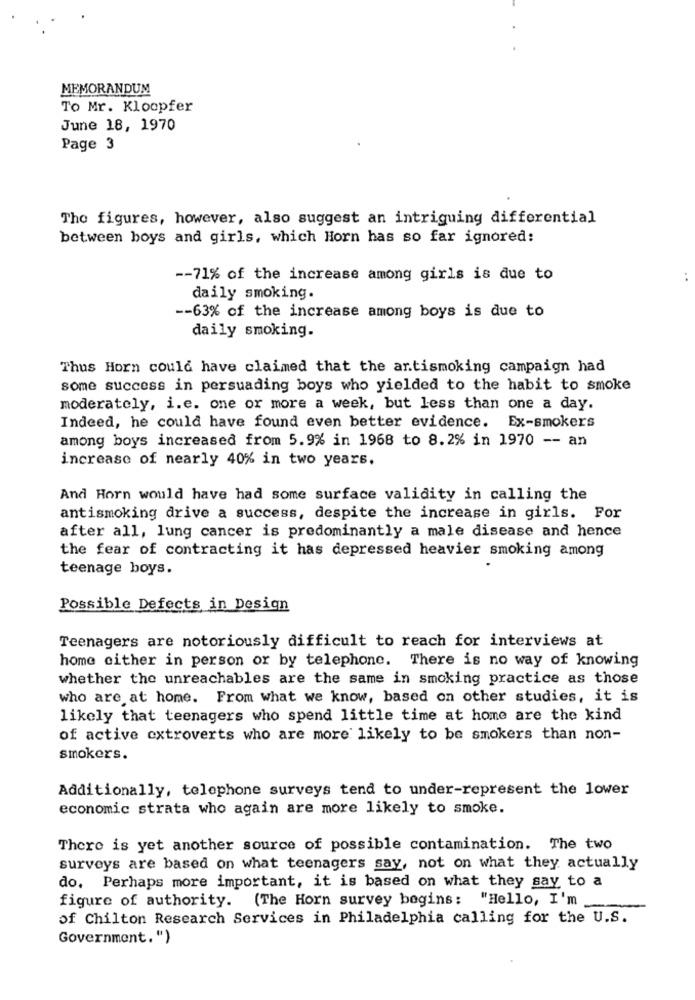
MEMORANDUM
To Mr. Kloopfer
June 18, 1970
Page 3
The figures, however, also suggest an intriguing differential
between boys and girls, which Horn has so far ignored:
-- 71% of the increase among girls is due to
daily smoking.
-- 63% of the increase among boys is due to
daily smoking.
Thus Horn could have claimed that the artismoking campaign had
some success in persuading boys who yielded to the habit to smoke
moderately, i.e. one or more a week, but less than one a day.
Indeed, he could have found even better evidence. Ex-smokers
among boys increased from 5.9% in 1968 to 8.2% in 1970 -- an
increase of nearly 40% in two years.
And Horn would have had some surface validity in calling the
antismoking drive a success, despite the increase in girls. For
after all, lung cancer is predominantly a male disease and hence
the fear of contracting it has depressed heavier smoking among
teenage boys.
Possible Defects in Design
Teenagers are notoriously difficult to reach for interviews at
home either in person or by telephone. There is no way of knowing
whether the unreachables are the same in smoking practice as those
who are at home. From what we know, based on other studies, it is
likely that teenagers who spend little time at home are the kind
of active extroverts who are more likely to be smokers than non-
smokers.
Additionally, telephone surveys tend to under-represent the lower
economic strata who again are more likely to smoke.
There is yet another source of possible contamination. The two
surveys are based on what teenagers say, not on what they actually
do. Perhaps more important, it is based on what they say to a
figure of authority. (The Horn survey begins: "Hello, I'm
of Chilton Research Services in Philadelphia calling for the U.S.
Government.")